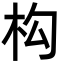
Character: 构